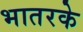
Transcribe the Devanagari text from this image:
भातरके